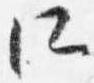
所